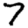
Digit: 7